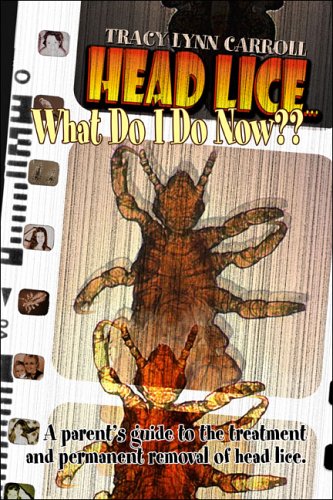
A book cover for Head Lice... What Do I Do Now??; Tracy Lynn Carroll; Health, Fitness & Dieting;